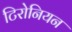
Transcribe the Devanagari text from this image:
टिरोनियन